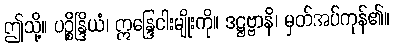
ဤသို့။ ပဉ္စိန္ဒြိယံ၊ ဣန္ဒြေငါးမျိုးကို။ ဒဋ္ဌဗ္ဗာနိ၊ မှတ်အပ်ကုန်၏။